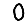
Digit: 0